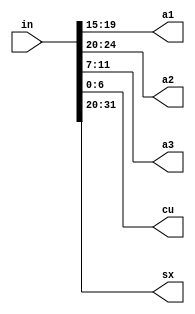
module instruction_decoder(
    input [31:0] in,
    output reg [4:0] a1,
    output reg [4:0] a2,
    output reg [4:0] a3,
    output reg [6:0] cu,
    output reg [11:0] sx
    );
    always@*
    begin
    a1=in[19:15];   // value to alu
    a2=in[24:20];  // value to alu
    a3=in[11:7];   // adr for storing data
    cu=in[6:0];    // to control unit
    sx=in[31:20];  // to sign extender 
    end
endmodule